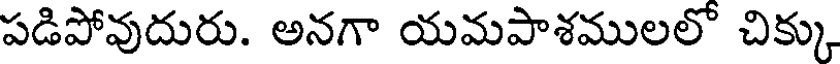
పడిపోవుదురు. అనగా యమపాశములలో చిక్కు